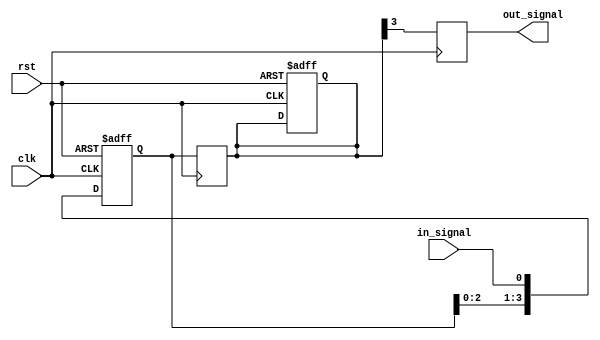
module four_flop_synchronizer (
    input wire clk,
    input wire rst,
    input wire in_signal,
    output reg out_signal
);

reg [3:0] ff_input;
reg [3:0] ff_output;

always @(posedge clk or posedge rst) begin
    if (rst) begin
        ff_input <= 4'b0;
        ff_output <= 4'b0;
    end else begin
        ff_input <= {ff_input[2:0], in_signal};
    end
end

always @(posedge clk) begin
    ff_output <= ff_input;
    out_signal <= ff_output[3];
end

endmodule